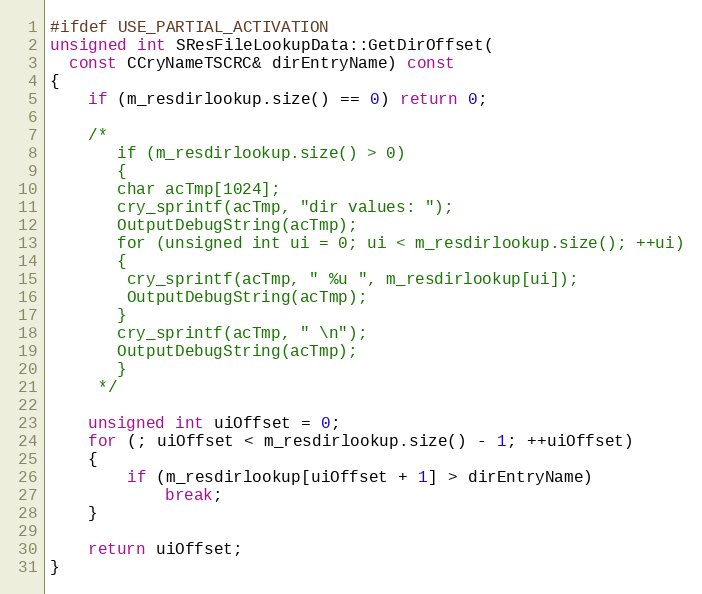
Language: C++
#ifdef USE_PARTIAL_ACTIVATION
unsigned int SResFileLookupData::GetDirOffset(
  const CCryNameTSCRC& dirEntryName) const
{
	if (m_resdirlookup.size() == 0) return 0;

	/*
	   if (m_resdirlookup.size() > 0)
	   {
	   char acTmp[1024];
	   cry_sprintf(acTmp, "dir values: ");
	   OutputDebugString(acTmp);
	   for (unsigned int ui = 0; ui < m_resdirlookup.size(); ++ui)
	   {
	    cry_sprintf(acTmp, " %u ", m_resdirlookup[ui]);
	    OutputDebugString(acTmp);
	   }
	   cry_sprintf(acTmp, " \n");
	   OutputDebugString(acTmp);
	   }
	 */

	unsigned int uiOffset = 0;
	for (; uiOffset < m_resdirlookup.size() - 1; ++uiOffset)
	{
		if (m_resdirlookup[uiOffset + 1] > dirEntryName)
			break;
	}

	return uiOffset;
}